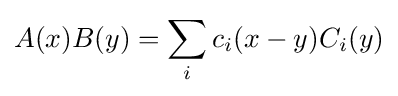
A(x)B(y)=\sum _{i}c_{i}(x-y)C_{i}(y)